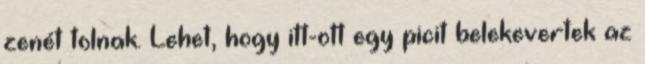
zenét tolnak. Lehet, hogy itt-ott egy picit belekevertek az